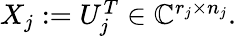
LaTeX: \begin{array}{r}{X_{j}:=U_{j}^{T}\in\mathbb{C}^{r_{j}\times n_{j}}.}\end{array}